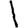
Digit: 1